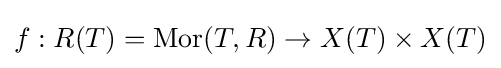
f:R(T)=\operatorname {Mor} (T,R)\to X(T)\times X(T)